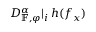
D _ { \mathbb { F } , \varphi } ^ { \alpha } | _ { i } \, h ( f _ { x } )